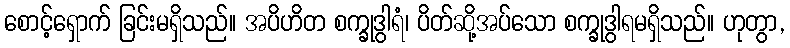
စောင့်ရှောက် ခြင်းမရှိသည်။ အပိဟိတ စက္ခုဒွါရံ၊ ပိတ်ဆို့အပ်သော စက္ခုဒွါရမရှိသည်။ ဟုတွာ,